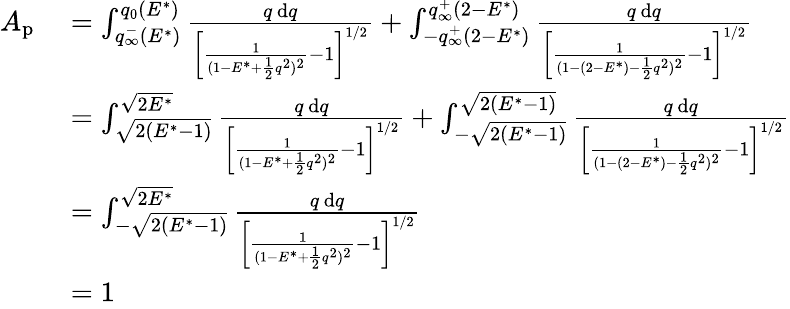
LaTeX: \begin{array}{rl}{A_{\mathrm{p}}}&{{}=\int_{q_{\infty}^{-}(E^{*})}^{q_{0}(E^{*})}\frac{q\, \mathrm{d}q}{\left[\frac{1}{(1-E^{*}+\frac{1}{2}q^{2})^{2}}-1\right]^{1/2}}+\int_{-q_{\infty}^{+}(2-E^{*})}^{q_{\infty}^{+}(2-E^{*})}\frac{q\, \mathrm{d}q}{\left[\frac{1}{(1-(2-E^{*})-\frac{1}{2}q^{2})^{2}}-1\right]^{1/2}}}\\ {{}}&{{}=\int_{\sqrt{2(E^{*}-1)}}^{\sqrt{2E^{*}}}\frac{q\, \mathrm{d}q}{\left[\frac{1}{(1-E^{*}+\frac{1}{2}q^{2})^{2}}-1\right]^{1/2}}+\int_{-\sqrt{2(E^{*}-1)}}^{\sqrt{2(E^{*}-1)}}\frac{q\, \mathrm{d}q}{\left[\frac{1}{(1-(2-E^{*})-\frac{1}{2}q^{2})^{2}}-1\right]^{1/2}}}\\ {{}}&{{}=\int_{-\sqrt{2(E^{*}-1)}}^{\sqrt{2E^{*}}}\frac{q\, \mathrm{d}q}{\left[\frac{1}{(1-E^{*}+\frac{1}{2}q^{2})^{2}}-1\right]^{1/2}}}\\ {{}}&{{}=1}\end{array}